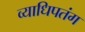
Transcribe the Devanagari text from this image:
व्याधिपतंग